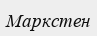
Маркстен